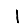
Digit: 1